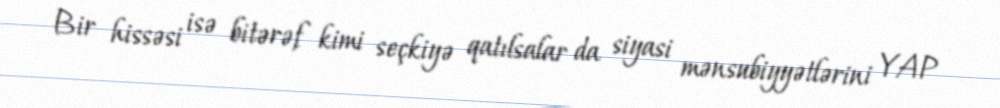
Bir hissəsi isə bitərəf kimi seçkiyə qatılsalar da siyasi mənsubiyyətlərini YAP